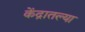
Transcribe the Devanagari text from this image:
केंद्रातल्या